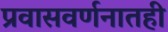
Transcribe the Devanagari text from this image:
प्रवासवर्णनातही